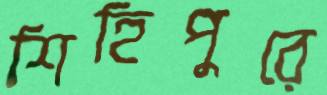
শিহিপুরে